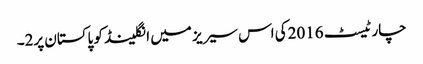
چار ٹیسٹ 2016کی اس سیریز میں انگلینڈ کو پاکستان پر2۔